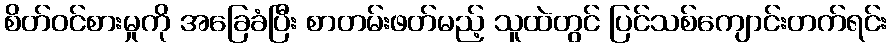
စိတ်ဝင်စားမှုကို အခြေခံပြီး စာတမ်းဖတ်မည့် သူထဲတွင် ပြင်သစ်ကျောင်းတက်ရင်း